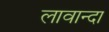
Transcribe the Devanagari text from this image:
लावान्दा